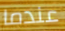
عندما